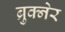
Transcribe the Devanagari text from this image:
ब्रुक्नेर